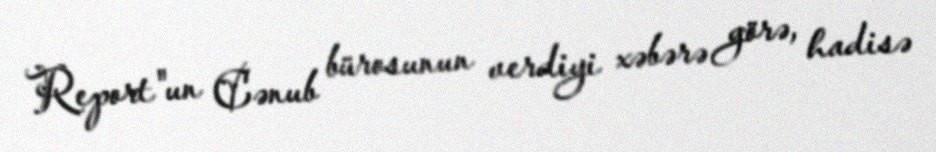
Report"un Cənub bürosunun verdiyi xəbərə görə, hadisə